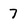
Character: 7